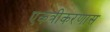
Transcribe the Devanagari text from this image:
एकत्रीकरणास